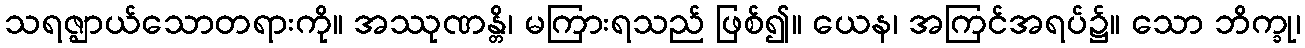
သရဇ္ဈာယ်သောတရားကို။ အဿုဏန္တိ၊ မကြားရသည် ဖြစ်၍။ ယေန၊ အကြင်အရပ်၌။ သော ဘိက္ခု၊